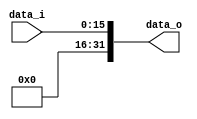

module Unsign_Extend(
    data_i,
    data_o
    );

//I/O ports
input   [16-1:0] data_i;
output  [32-1:0] data_o;

//Internal Signals
reg     [32-1:0] data_o;

//Sign extended

always @( * )
begin
    data_o[31] = 1'b0;
    data_o[30] = 1'b0;
    data_o[29] = 1'b0;
    data_o[28] = 1'b0;
    data_o[27] = 1'b0;
    data_o[26] = 1'b0;
    data_o[25] = 1'b0;
    data_o[24] = 1'b0;
    data_o[23] = 1'b0;
    data_o[22] = 1'b0;
    data_o[21] = 1'b0;
    data_o[20] = 1'b0;
    data_o[19] = 1'b0;
    data_o[18] = 1'b0;
    data_o[17] = 1'b0;
    data_o[16] = 1'b0;
    data_o[15] = data_i[15];
    data_o[14] = data_i[14];
    data_o[13] = data_i[13];
    data_o[12] = data_i[12];
    data_o[11] = data_i[11];
    data_o[10] = data_i[10];
    data_o[9] = data_i[9];
    data_o[8] = data_i[8];
    data_o[7] = data_i[7];
    data_o[6] = data_i[6];
    data_o[5] = data_i[5];
    data_o[4] = data_i[4];
    data_o[3] = data_i[3];
    data_o[2] = data_i[2];
    data_o[1] = data_i[1];
    data_o[0] = data_i[0];    

end


endmodule